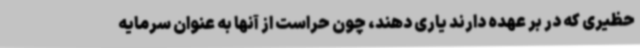
حظیری که در بر عهده دارند یاری دهند، چون حراست از آنها به عنوان سرمایه